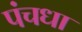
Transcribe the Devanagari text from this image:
पंचधा